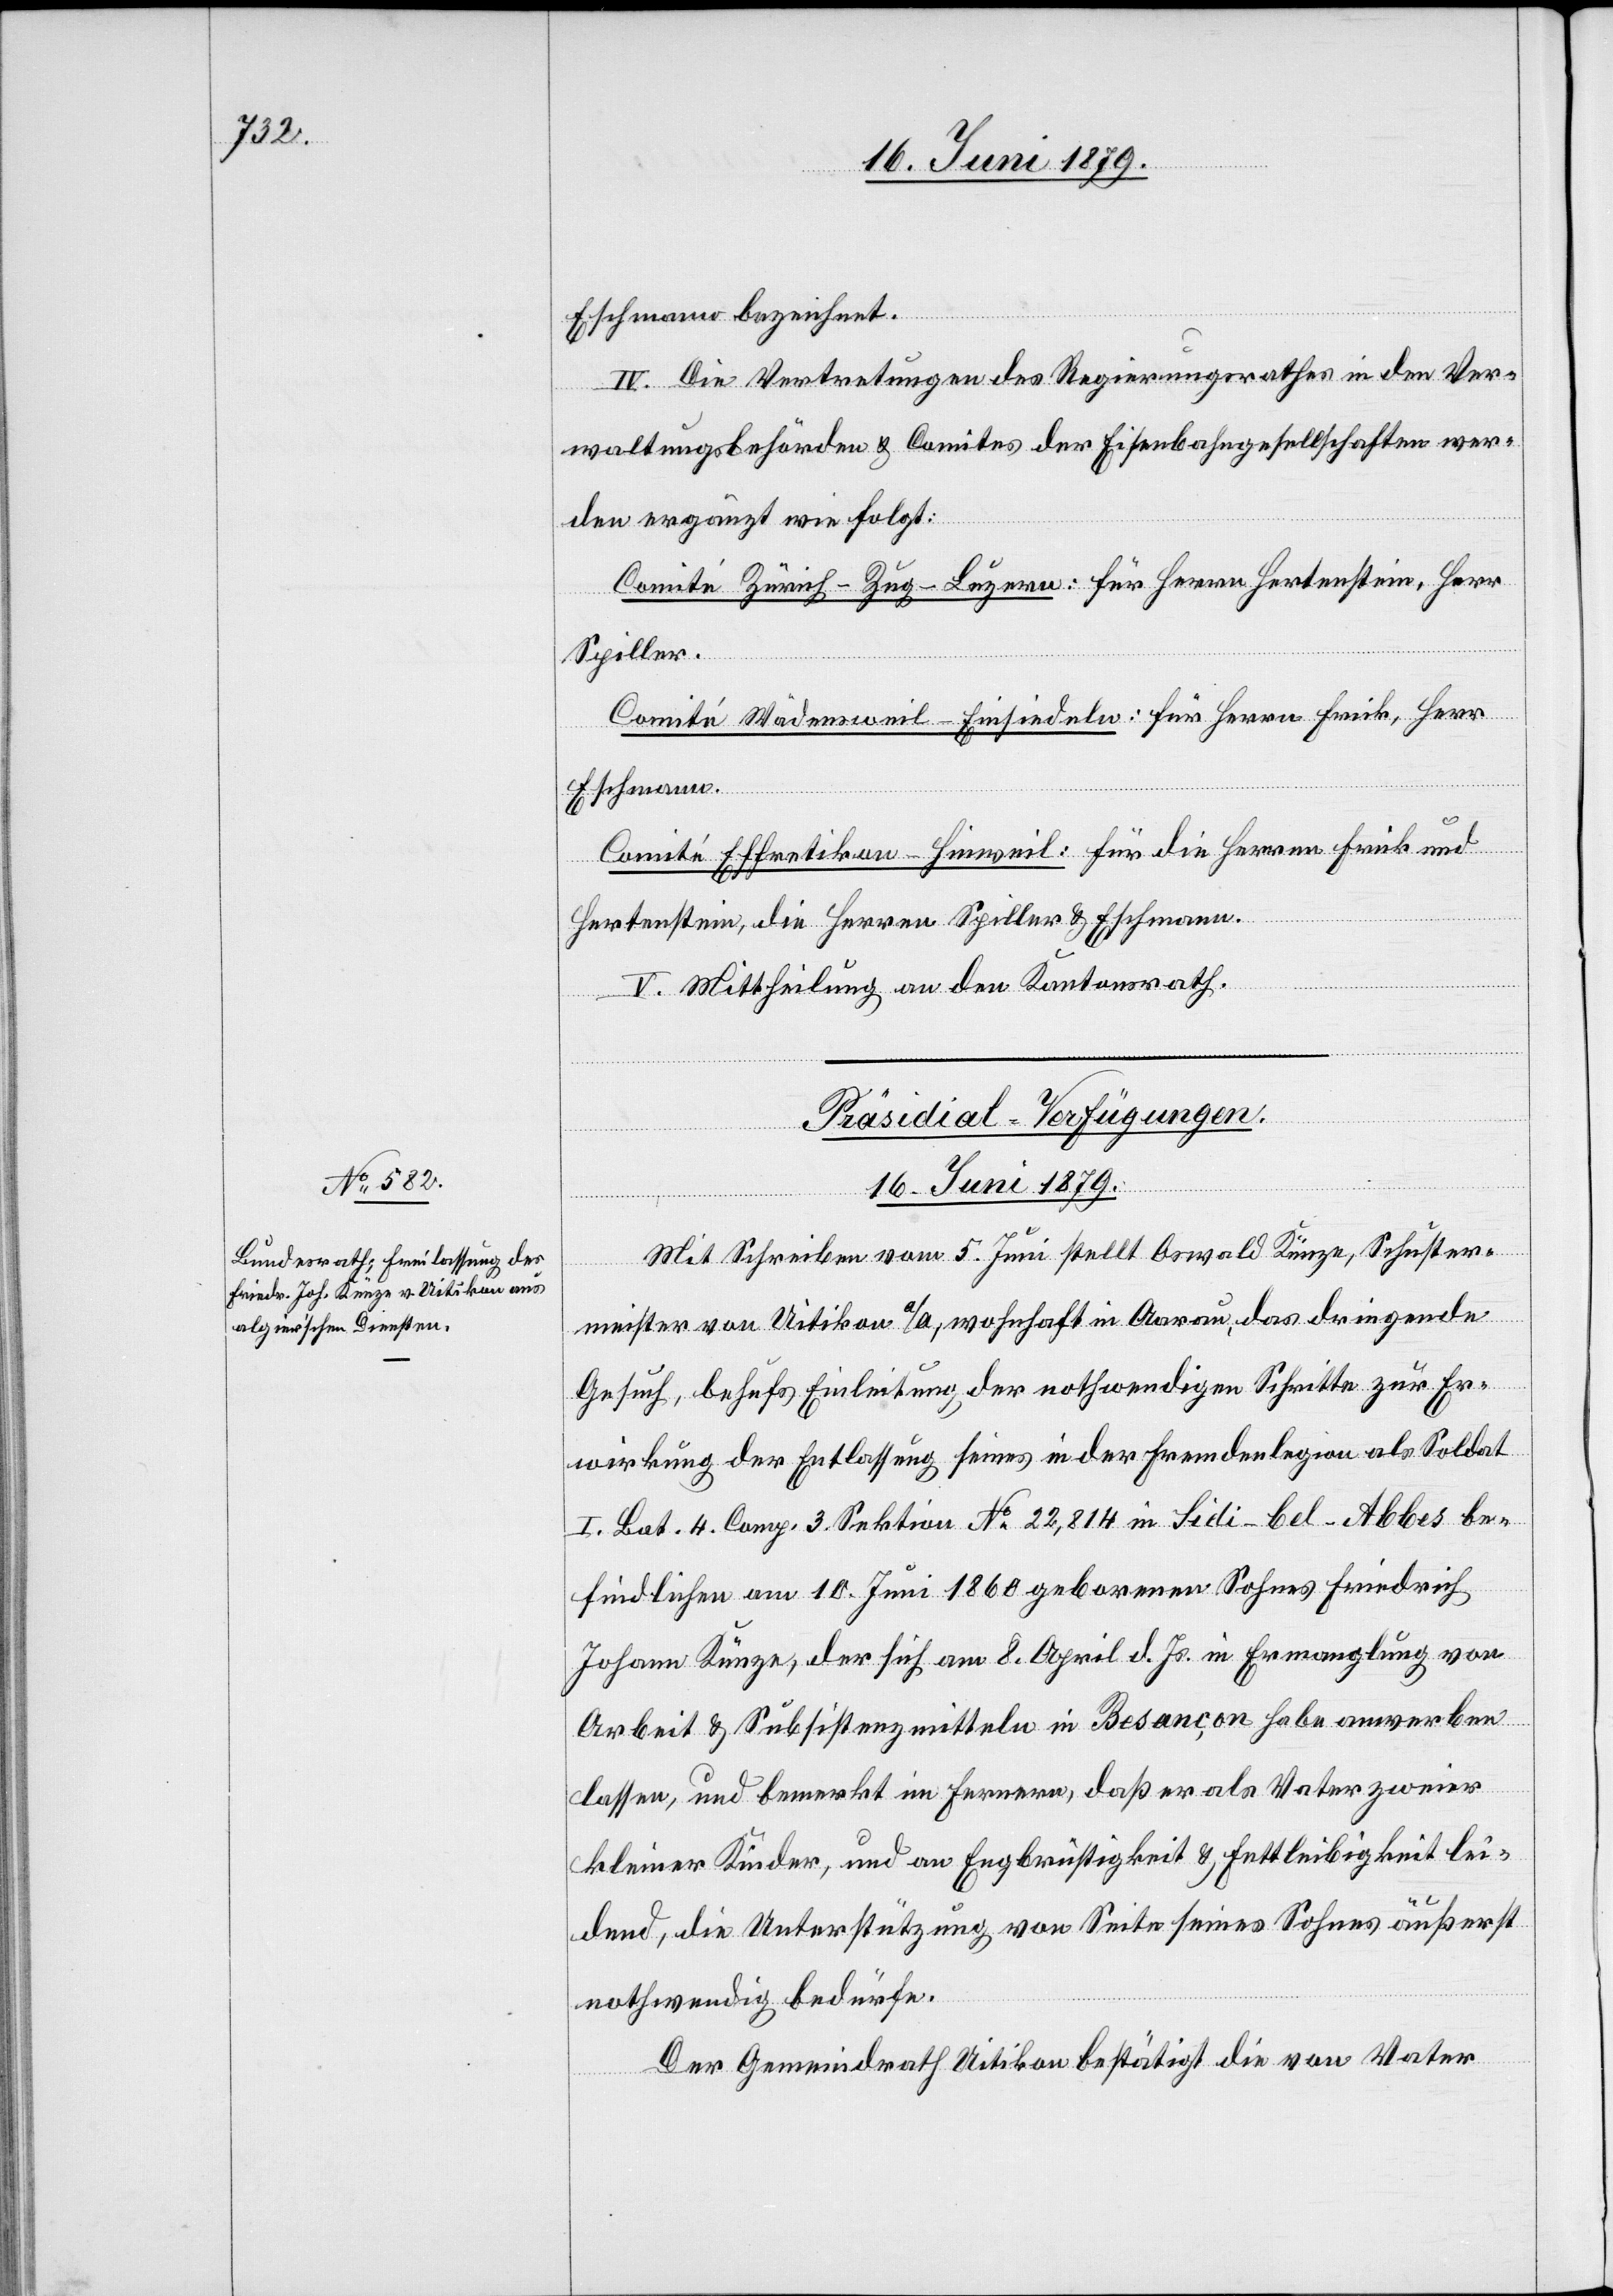
Eschmann bezeichnet.
IV. Die Vertretungen des Regierungsrathes in den Ver¬
waltungsbehörden & Comites der Eisenbahngesellschaften wer¬
den ergänzt wie folgt:
Comité Zürich–Zug–Luzern: für Herrn Hertenstein, Herr
Spiller.
Comité Wädensweil–Einsiedeln: für Herrn Frick, Herr
Eschmann.
Comité Effretikon–Hinweil: für die Herren Frick und
Hertenstein, die Herren Spiller & Eschmann.
V. Mittheilung an den Kantonsrath.
Präsidial-Verfügungen.
16. Juni 1879.
Mit Schreiben vom 5. Juni stellt Oswald Künze, Schuster¬
meister von Uitikon a/A, wohnhaft in Aarau, das dringende
Gesuch, behufs Einleitung der nothwendigen Schritte zur Er¬
wirkung der Entlassung seines in der Fremdenlegion als Soldat
I. Bat. 4. Comp. 3. Sektion No 22,814 in Sidi-bel-Abbes be¬
findlichen am 10. Juni 1860 geborenen Sohnes Friedrich
Johann Künze, der sich am 8. April d. Js. in Ermanglung von
Arbeit & Subsistenzmitteln in Besançon habe anwerben
lassen, und bemerkt im Fernern, daß er als Vater zweier
kleiner Kinder, und an Engbrüstigkeit & Fettleibigkeit lei¬
dend, die Unterstützung von Seite seines Sohnes äußerst
nothwendig bedürfe.
Der Gemeindrath Uitikon bestätigt die von Vater